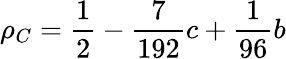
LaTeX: \rho_{C}=\frac{1}{2}-\frac{7}{192}c+\frac{1}{96}b